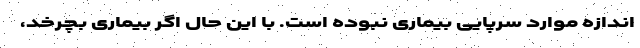
اندازه موارد سرپایی بیماری نبوده است. با این حال اگر بیماری بچرخد،